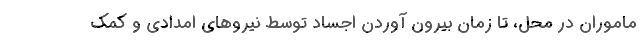
ماموران در محل، تا زمان بیرون آوردن اجساد توسط نیرو‌های امدادی و کمک